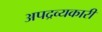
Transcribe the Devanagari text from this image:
अपद्रव्यकारी